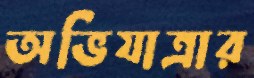
অভিযাত্রার